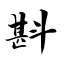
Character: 斟